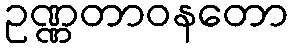
ဥဏ္ဏတာဝနတော